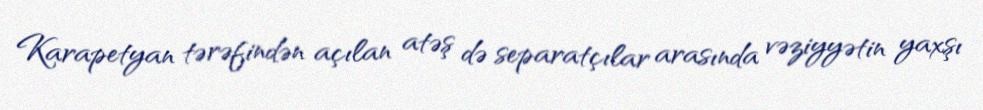
Karapetyan tərəfindən açılan atəş də separatçılar arasında vəziyyətin yaxşı